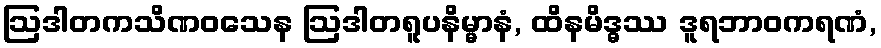
ဩဒါတကသိဏဝသေန ဩဒါတရူပနိမ္မာနံ, ထိနမိဒ္ဓဿ ဒူရဘာဝကရဏံ,